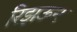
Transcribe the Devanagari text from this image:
रिझऊन